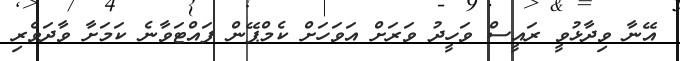
އޭނާ ވިދާޅުވީ ރައީސް ވަހީދު ވަރަށް އަވަހަށް ކެމްޕޭން ފައްޓަވާނެ ކަމަށާ ވާދަވެރި